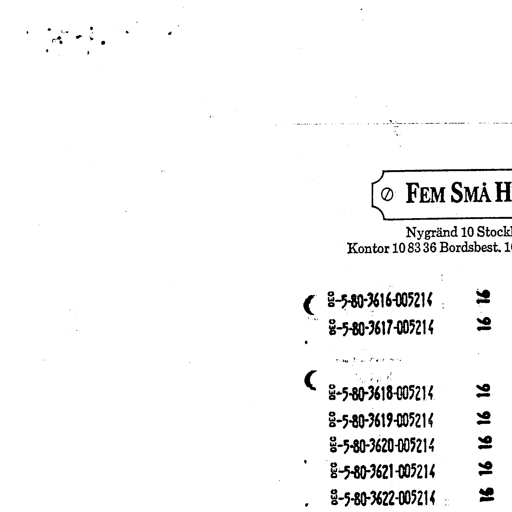
FEM SMÅ H
Nygränd 10 Stock
Kontor 10 83 36 Bordsbest. 1
8-5-80-3616-005214 16
8-5-80-3617-005214 16
8-5-80-3618-005214 16
8-5-80-3619-005214 16
8-5-80-3620-005214 16
8-5-80-3621-005214 16
8-5-80-3622-005214 16